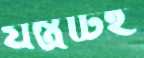
যন্ত্রটিই